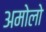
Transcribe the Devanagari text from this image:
अमोलो